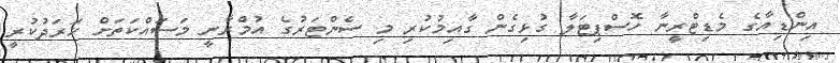
އިންޑިއާގެ މެޑިޓްރީނާ ހޮސްޕިޓަލާ ގުޅިގެން ގާއިމުކުރި މި ސެންޓަރުގެ އުމްރާނީ މަސައްކަތަށް ޚަރަދުކުރީ